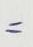
=